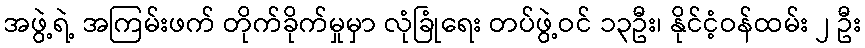
အဖွဲ့ရဲ့ အကြမ်းဖက် တိုက်ခိုက်မှုမှာ လုံခြုံရေး တပ်ဖွဲ့ဝင် ၁၃ဦး၊ နိုင်ငံ့ဝန်ထမ်း ၂ ဦး